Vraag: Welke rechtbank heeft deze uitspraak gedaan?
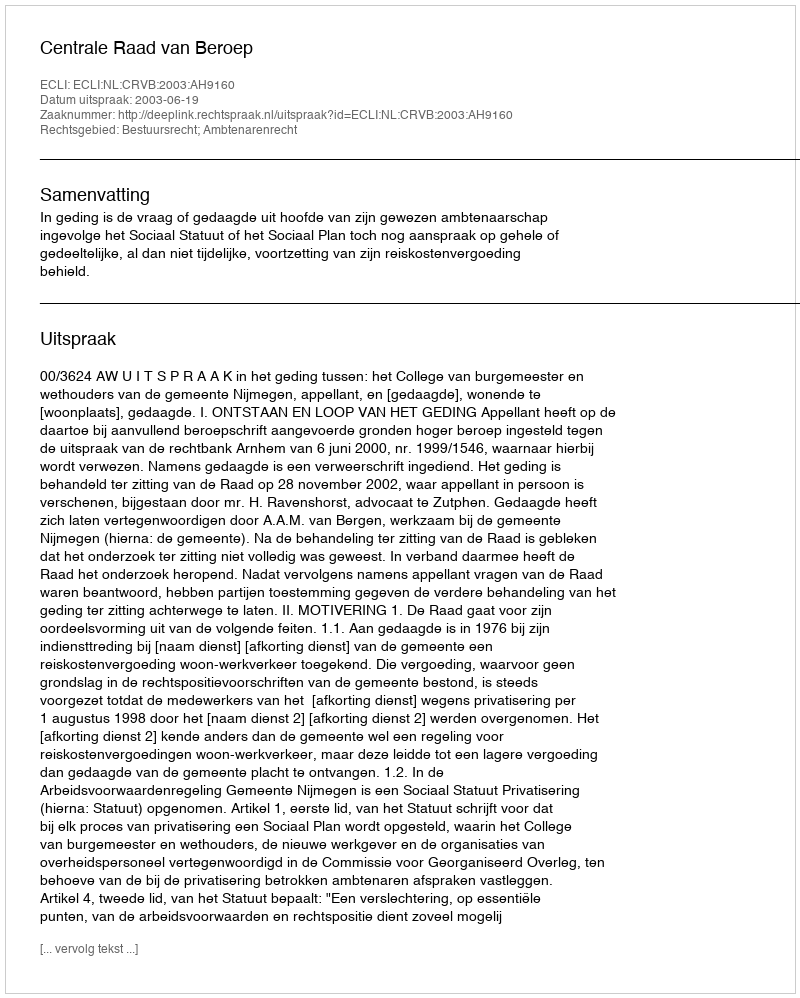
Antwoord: Centrale Raad van Beroep